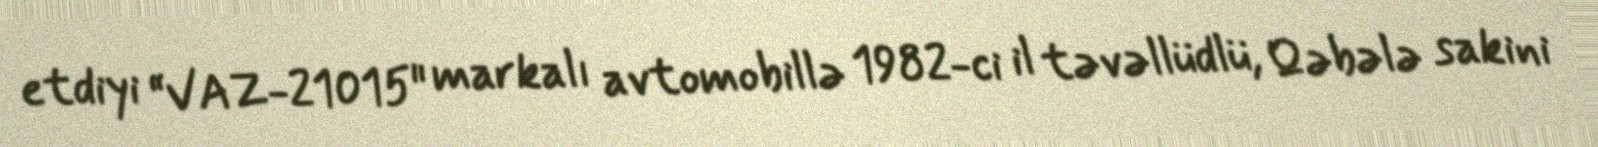
etdiyi “VAZ-21015" markalı avtomobillə 1982-ci il təvəllüdlü, Qəbələ sakini